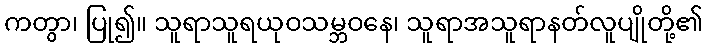
ကတွာ၊ ပြု၍။ သူရာသူရယုဝသမ္ဘဝနေ၊ သူရာအသူရာနတ်လူပျိုတို့၏